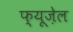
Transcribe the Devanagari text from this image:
फ्यूज़ेल